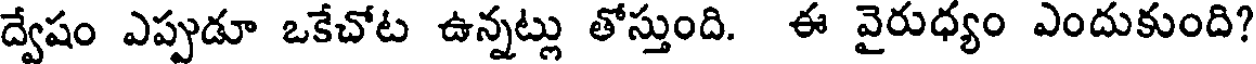
ద్వేషం ఎప్పుడూ ఒకేచోట ఉన్నట్లు తోస్తుంది. ఈ వైరుధ్యం ఎందుకుంది?